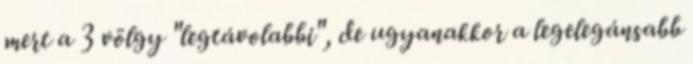
mert a 3 völgy "legtávolabbi", de ugyanakkor a legelegánsabb